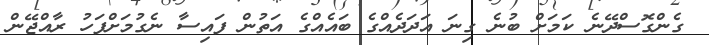
ގެންގޮސްދޭނެ ކަމަށް ބުނެ ގިނަ އަދަދެއްގެ ބައެއްގެ އަތުން ފައިސާ ނެގުމަށްފަހު ރާއްޖޭން